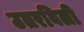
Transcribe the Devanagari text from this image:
उतरविली